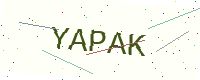
Text: YAPAK